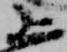
上